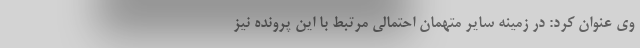
وی عنوان کرد: در زمینه سایر متهمان احتمالی مرتبط با این پرونده نیز